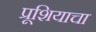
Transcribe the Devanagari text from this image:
प्रूशियाचा